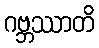
ဂဗ္ဘဿာတိ